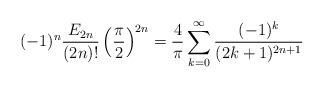
LaTeX: \begin{align*}(-1)^n\frac{E_{2n}}{(2n)!}\left(\frac{\pi}{2}\right)^{2n}=\frac{4}{\pi}\sum_{k=0}^\infty\frac{(-1)^k}{(2k+1)^{2n+1}}\end{align*}